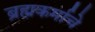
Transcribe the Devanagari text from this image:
ब्रह्मकर्माचे